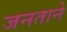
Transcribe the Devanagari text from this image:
जनताने